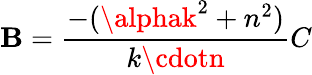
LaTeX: \mathbf{B}=\frac{{-(\alphak^{2}+n^{2})}}{{k\cdotn}}C